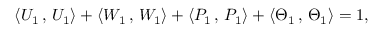
\langle U _ { 1 } \, , \, U _ { 1 } \rangle + \langle W _ { 1 } \, , \, W _ { 1 } \rangle + \langle P _ { 1 } \, , \, P _ { 1 } \rangle + \langle \Theta _ { 1 } \, , \, \Theta _ { 1 } \rangle = 1 ,